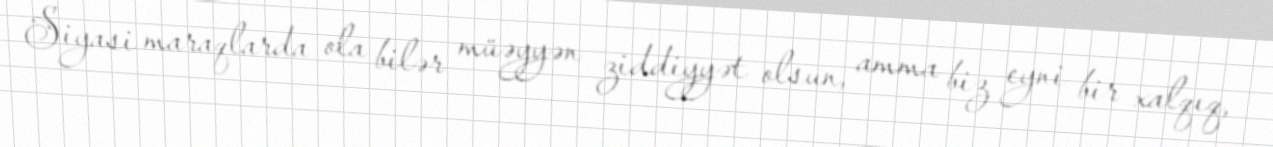
Siyasi maraqlarda ola bilər müəyyən ziddiyyət olsun, amma biz eyni bir xalqıq,